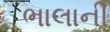
ભાલાની